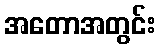
အတောအတွင်း